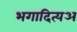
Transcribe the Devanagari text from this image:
भगादित्यअ